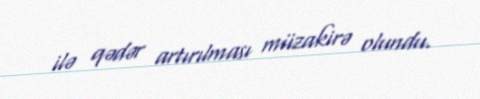
ilə qədər artırılması müzakirə olundu.